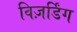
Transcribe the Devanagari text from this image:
विज़र्डिंग